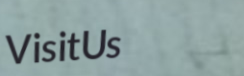
VisitUs